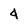
Character: 4